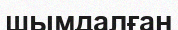
шымдалған